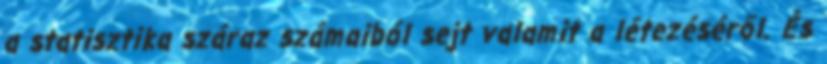
a statisztika száraz számaiból sejt valamit a létezéséről. És